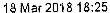
18 MAR 2018 18:25